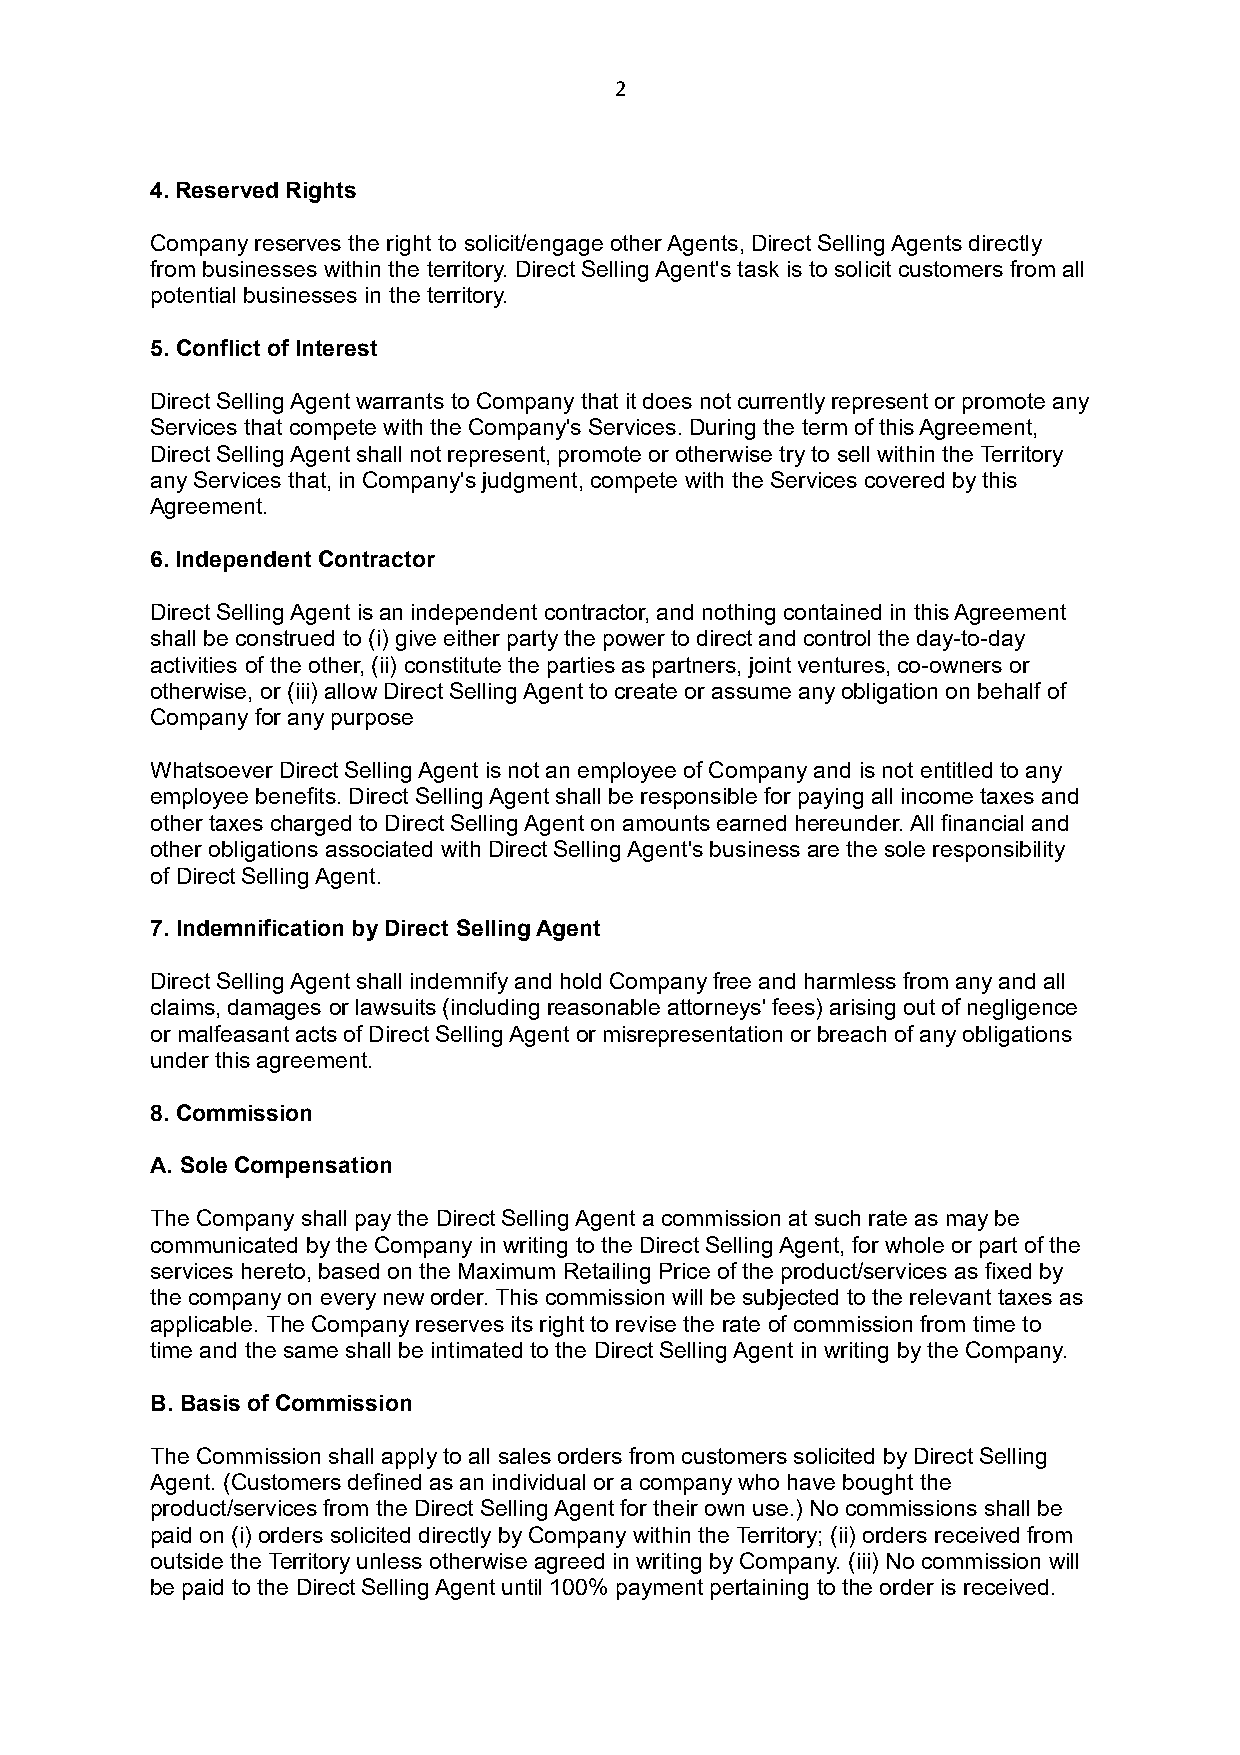
2
 4. Reserved Rights
 Company reserves the right to solicit/engage other Agents, Direct Selling Agents directly
 from businesses within the territory. Direct Selling Agent's task is to solicit customers from all
 potential businesses in the territory.
 5. Conflict of Interest
 Direct Selling Agent warrants to Company that it does not currently represent or promote any
 Services that compete with the Company's Services. During the term of this Agreement,
 Direct Selling Agent shall not represent, promote or otherwise try to sell within the Territory
 any Services that, in Company's judgment, compete with the Services covered by this
 Agreement.
 6. Independent Contractor
 Direct Selling Agent is an independent contractor, and nothing contained in this Agreement
 shall be construed to (i) give either party the power to direct and control the day-to-day
 activities of the other, (ii) constitute the parties as partners, joint ventures, co-owners or
 otherwise, or (iii) allow Direct Selling Agent to create or assume any obligation on behalf of
 Company for any purpose
 Whatsoever Direct Selling Agent is not an employee of Company and is not entitled to any
 employee benefits. Direct Selling Agent shall be responsible for paying all income taxes and
 other taxes charged to Direct Selling Agent on amounts earned hereunder. All financial and
 other obligations associated with Direct Selling Agent's business are the sole responsibility
 of Direct Selling Agent.
 7. Indemnification by Direct Selling Agent
 Direct Selling Agent shall indemnify and hold Company free and harmless from any and all
 claims, damages or lawsuits (including reasonable attorneys' fees) arising out of negligence
 or malfeasant acts of Direct Selling Agent or misrepresentation or breach of any obligations
 under this agreement.
 8. Commission
 A. Sole Compensation
 The Company shall pay the Direct Selling Agent a commission at such rate as may be
 communicated by the Company in writing to the Direct Selling Agent, for whole or part of the
 services hereto, based on the Maximum Retailing Price of the product/services as fixed by
 the company on every new order. This commission will be subjected to the relevant taxes as
 applicable. The Company reserves its right to revise the rate of commission from time to
 time and the same shall be intimated to the Direct Selling Agent in writing by the Company.
 B. Basis of Commission
 The Commission shall apply to all sales orders from customers solicited by Direct Selling
 Agent. (Customers defined as an individual or a company who have bought the
 product/services from the Direct Selling Agent for their own use.) No commissions shall be
 paid on (i) orders solicited directly by Company within the Territory; (ii) orders received from
 outside the Territory unless otherwise agreed in writing by Company. (iii) No commission will
 be paid to the Direct Selling Agent until 100% payment pertaining to the order is received.